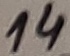
Text: 14